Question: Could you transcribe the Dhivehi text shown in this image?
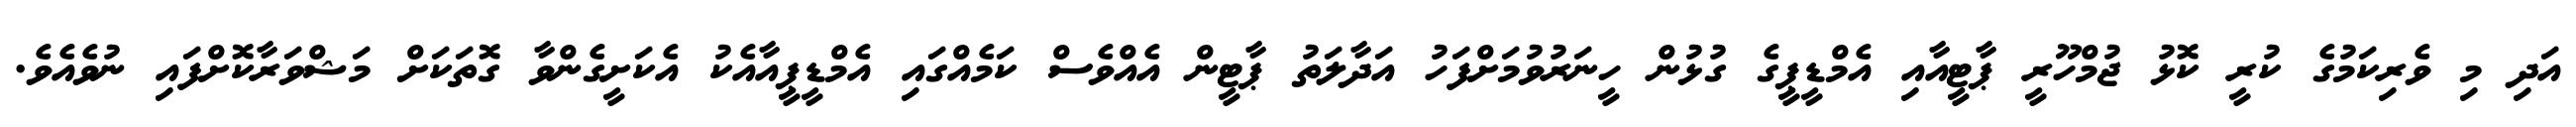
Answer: އަދި މި ވެރިކަމުގެ ކުރީ ކޮޅު ޖުމްހޫރީ ޕާޓީއާއި އެމްޑީޕީގެ ގުޅުން ހީނަރުވުމަށްފަހު އަދާލަތު ޕާޓީން އެއްވެސް ކަމެއްގައި އެމްޑީޕީއާއެކު އެކަށީގެންވާ ގޮތަކަށް މަޝްވަރާކޮށްފައި ނުވެއެވެ.